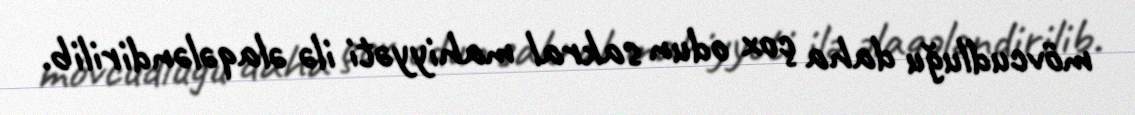
mövcudluğu daha çox odun sakral mahiyyəti ilə əlaqələndirilib.